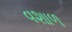
વશાળ